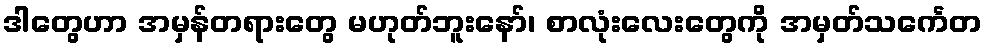
ဒါတွေဟာ အမှန်တရားတွေ မဟုတ်ဘူးနော်၊ စာလုံးလေးတွေကို အမှတ်သင်္ကေတ